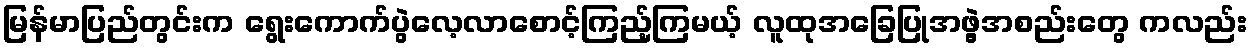
မြန်မာပြည်တွင်းက ရွေးကောက်ပွဲလေ့လာစောင့်ကြည့်ကြမယ့် လူထုအခြေပြုအဖွဲ့အစည်းတွေ ကလည်း